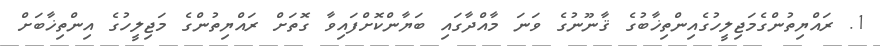
1. ރައްޔިތުންގެމަޖިލީހުގެއިންތިޚާބުގެ ޤާނޫނުގެ ވަނަ މާއްދާގައި ބަޔާންކޮށްފައިވާ ގޮތަށް ރައްޔިތުންގެ މަޖިލީހުގެ އިންތިޚާބަށް